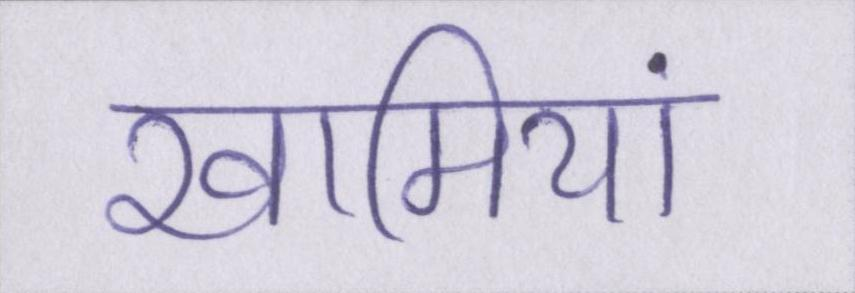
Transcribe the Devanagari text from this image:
खामियां